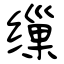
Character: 缫